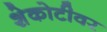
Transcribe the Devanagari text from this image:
शेकोटीवर